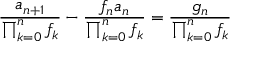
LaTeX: { \frac { a _ { n + 1 } } { \prod _ { k = 0 } ^ { n } f _ { k } } } - { \frac { f _ { n } a _ { n } } { \prod _ { k = 0 } ^ { n } f _ { k } } } = { \frac { g _ { n } } { \prod _ { k = 0 } ^ { n } f _ { k } } }